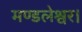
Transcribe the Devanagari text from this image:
मण्डलेश्वर।